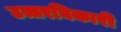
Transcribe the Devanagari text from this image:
उत्तरघिकारी